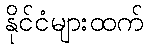
နိုင်ငံများထက်